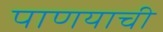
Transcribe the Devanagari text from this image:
पाणयाची